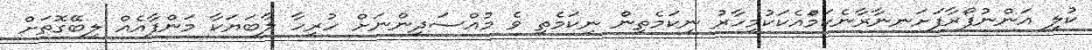
ކުލި އަންނުފޯރާފަށަނނާރާނެކަމަްއެކަަކުމިހާރު ނިކަމެތިން ނިކަމެތި ވެ މުއްސަދިންނަށް ހުރިހާ ލާބަޔަކާ މަންފާއެއް ލިބޭގޮތަށް